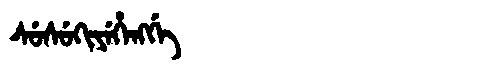
Manchu: ᠰᡠᠰᡠᡴᡳᠶᡝᡥᡝᠩᡤᡝ
Romanization: SUSUKIYEHENGGE